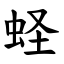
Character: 蛏